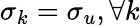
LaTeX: \sigma_{k}=\sigma_{u},\forall k